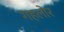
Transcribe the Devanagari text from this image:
गहलोर